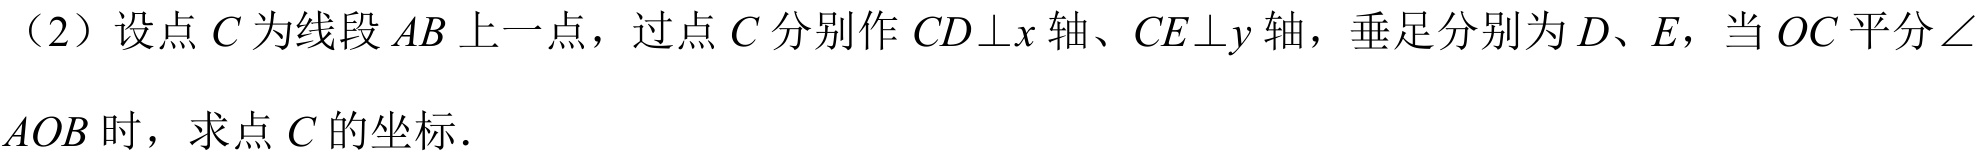
（2）设点$C$为线段$AB$上一点，过点$C$分别作$CD\perp x$轴、$CE\perp y$轴，垂足分别为$D、E$，当$OC$平分$\angle AOB$时，求点$C$的坐标．